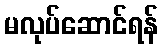
မလုပ်ဆောင်ရန်